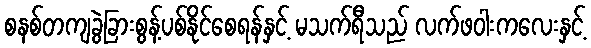
စနစ်တကျခွဲခြားစွန့်ပစ်နိုင်စေရန်နှင့် မသက်ရီသည် လက်ဖဝါးကလေးနှင့်